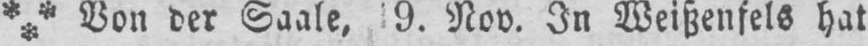
Von der Saale‚ 9. Nov. In Weißenfels hat